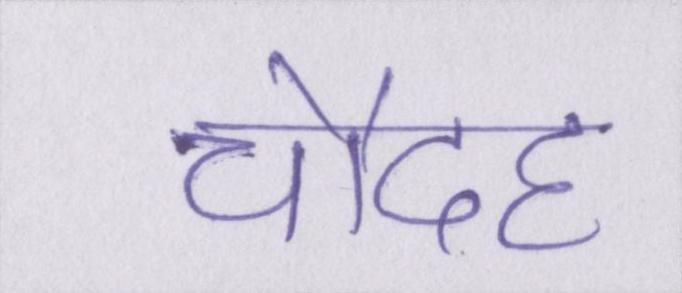
चौदह